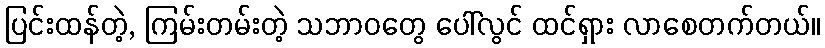
ပြင်းထန်တဲ့, ကြမ်းတမ်းတဲ့ သဘာဝတွေ ပေါ်လွင် ထင်ရှား လာစေတက်တယ်။